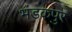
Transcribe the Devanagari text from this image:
भंडकपुर